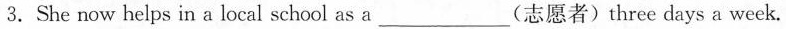
3.She now helps in a local school as a___ (志愿者)three days a week.